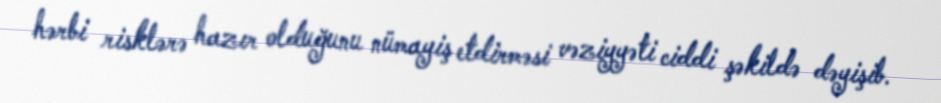
hərbi risklərə hazır olduğunu nümayiş etdirməsi vəziyyəti ciddi şəkildə dəyişib.